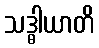
သဒ္ဓါယာတိ